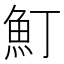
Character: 䰳